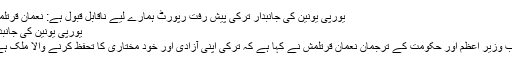
یورپی یونین کی جانبدار ترکی پیش رفت رپورٹ ہمارے لیے ناقابل قبول ہے: نعمان قرتلمش
یورپی یونین کی جانبد...
نائب وزیر اعظم اور حکومت کے ترجمان نعمان قرتلمش نے کہا ہے کہ ترکی اپنی آزادی اور خود مختاری کا تحفظ کرنے والا ملک ہے ۔